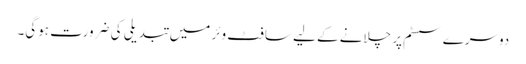
دوسرے سسٹم پر چلانے کے لیے سافٹ وئر میں تبدیلی کی ضرورت ہوگی۔